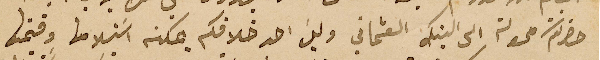
حضرتكم محولة الى البنك العثماني وليسَ احد خلافكم يمكنه اسَتلامها وقيمتها